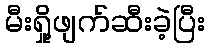
မီးရှို့ဖျက်ဆီးခဲ့ပြီး